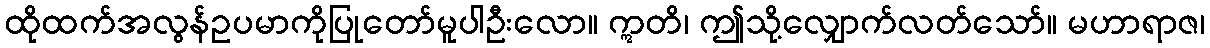
ထိုထက်အလွန်ဥပမာကိုပြုတော်မူပါဦးလော။ ဣတိ၊ ဤသို့လျှောက်လတ်သော်။ မဟာရာဇ၊